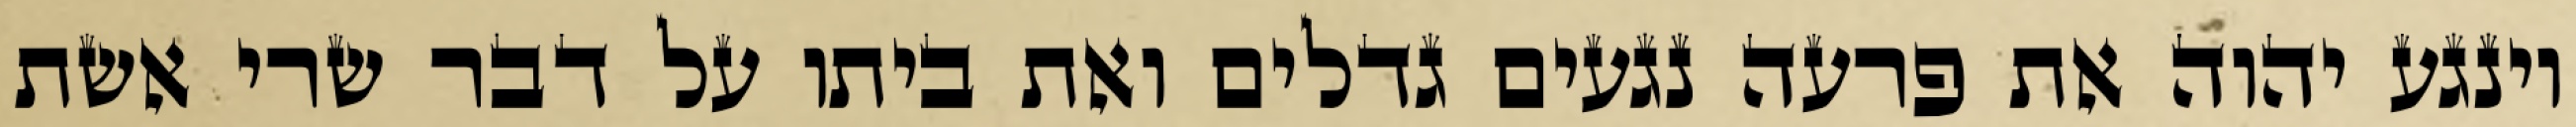
וינגע יהוה את פרעה נגעים גדלים ואת ביתו על דבר שרי אשת